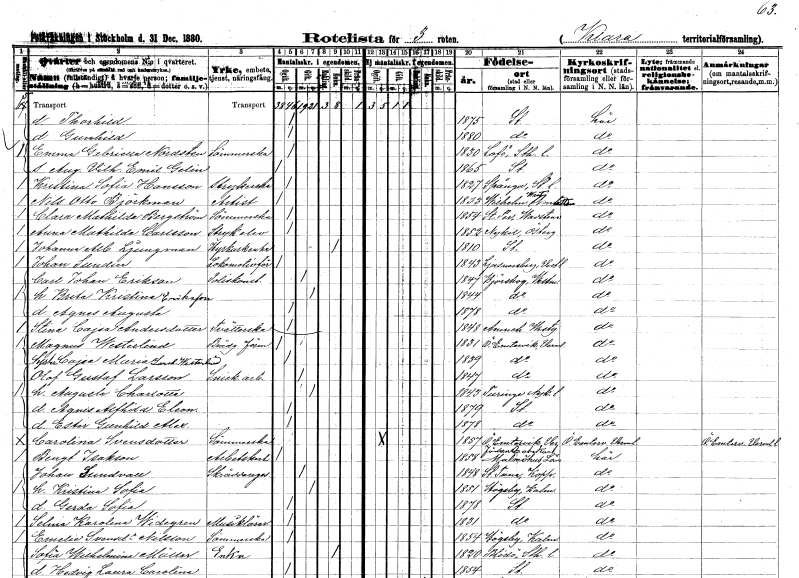
gt_parse: households: individuals: FN: Thorhild
KON: K
CIV: O
FODAR: 1875
FODFORS: Stockholm
FN: Gunhild
KON: K
CIV: O
FODAR: 1880
FODFORS: Stockholm
FN: Emma Gabriella
EN: Nordsten
YRKE: Sömmerska
KON: K
CIV: O
FODAR: 1830
FODFORS: Lovö Stockholms län
FN: August Vilhelm Emil
EN: Gelin
KON: M
CIV: O
FODAR: 1865
FODFORS: Stockholm
FN: Kristina Sofia
EN: Hansson
YRKE: Strykerska
KON: K
CIV: O
FODAR: 1827
FODFORS: Spånga Stockholms län
FN: Nils Otto
EN: Björkman
YRKE: Artist
KON: M
CIV: O
FODAR: 1833
FODFORS: Vilhelmina Västerbottens län
FN: Clara Mathilda
EN: Bergström
YRKE: Sömmerska
KON: K
CIV: O
FODAR: 1854
FODFORS: Sankt Per Vadstena Östergötlands län
FN: Anna Mathilda
EN: Carlsson
YRKE: Strykelev
KON: K
CIV: O
FODAR: 1852
FODFORS: Nykil Östergötlands län
FN: Johanna Albertina
EN: Ljungman
YRKE: Hyrkuskänka
KON: K
CIV: E
FODAR: 1810
FODFORS: Stockholm
FN: Johan
EN: Sundin
YRKE: Lokomotivförare
KON: M
CIV: O
FODAR: 1843
FODFORS: Ljusnarsberg Örebro län
FN: Carl Johan
EN: Erikson
YRKE: Poliskonstapel
KON: M
CIV: G
FODAR: 1847
FODFORS: Björskog Västmanlands län
FN: Brita Kristina
EN: Eriksson
KON: K
CIV: G
FODAR: 1844
FODFORS: Björskog Västmanlands län
FN: Agnes Augusta
KON: K
CIV: O
FODAR: 1878
FODFORS: Björskog Västmanlands län
FN: Stina Cajsa
EN: Andersdotter
YRKE: Tvätterska
KON: K
CIV: O
FODAR: 1848
FODFORS: Amnehärad Skaraborgs län
FN: Magnus
EN: Westerlind
YRKE: Brädgårdsförman
KON: M
CIV: O
FODAR: 1831
FODFORS: Östra Ämtervik Värmlands län
FN: Cajsa Maria
EN: Larsdotter Westerlind
KON: K
CIV: O
FODAR: 1839
FODFORS: Östra Ämtervik Värmlands län
FN: Olof Gustaf
EN: Larsson
YRKE: Snickeriarbetare
KON: M
CIV: G
FODAR: 1847
FODFORS: Östra Ämtervik Värmlands län
FN: Augusta Charlotta
KON: K
CIV: G
FODAR: 1843
FODFORS: Turinge Stockholms län
FN: Agnes Alfhild Eleonora
KON: K
CIV: O
FODAR: 1879
FODFORS: Stockholm
FN: Ester Gunhild Alexandra
KON: K
CIV: O
FODAR: 1878
FODFORS: Stockholm
FN: Carolina
EN: Svensdotter
YRKE: Sömmerska
KON: K
CIV: O
FODAR: 1857
FODFORS: Östra Ämtervik Värmlands län
FN: Bengt
EN: Isakson
YRKE: Arbetskarl
KON: M
CIV: O
FODAR: 1858
FODFORS: Malmöhus län
FN: Johan
EN: Sundvall
YRKE: Skräddaregesäll
KON: M
CIV: G
FODAR: 1848
FODFORS: Stora Tuna Kopparbergs län
FN: Kristina Sofia
KON: K
CIV: G
FODAR: 1851
FODFORS: Högsby Kalmar län
FN: Gerda Sofia
KON: K
CIV: O
FODAR: 1878
FODFORS: Stockholm
FN: Selma Karolina
EN: Widegren
YRKE: Musiklärare
KON: K
CIV: O
FODAR: 1831
FODFORS: Stockholm
FN: Emelie
EN: Svensdotter Nilsson
YRKE: Sömmerska
KON: K
CIV: O
FODAR: 1854
FODFORS: Högsby Kalmar län
FN: Sofia Wilhelmina
EN: Möller
YRKE: Änka
KON: K
CIV: E
FODAR: 1820
FODFORS: Blidö Stockholms län
FN: Hedvig Laura Carolina
KON: K
CIV: O
FODAR: 1854
FODFORS: Stockholm